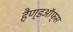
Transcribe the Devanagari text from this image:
हैण्डऑफ्स